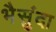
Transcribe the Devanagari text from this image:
भैसुंदा